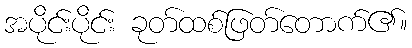
အပိုင်းပိုင်း ခုတ်ထစ်ဖြတ်တောက်၏။